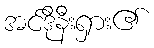
အင်ဒိုနီးရှား၏